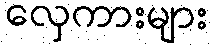
လှေကားများ